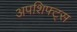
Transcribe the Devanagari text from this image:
अपशिफ्ट्स